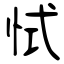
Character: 恜